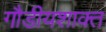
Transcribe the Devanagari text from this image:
गौडीयशाक्त